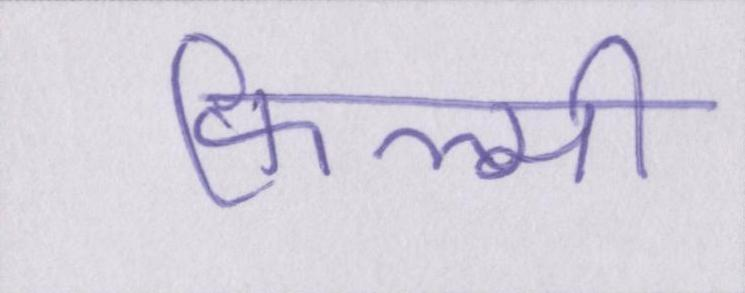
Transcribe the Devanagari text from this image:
फिल्मी